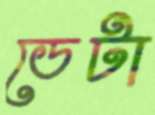
ডেটা